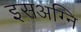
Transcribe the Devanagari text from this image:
इसअग्नि